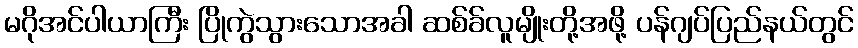
မဂိုအင်ပါယာကြီး ပြိုကွဲသွားသောအခါ ဆစ်ခ်လူမျိုးတို့အဖို့ ပန်ဂျပ်ပြည်နယ်တွင်